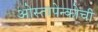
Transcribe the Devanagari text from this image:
ओस्तापेन्कोची